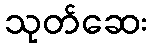
သုတ်ဆေး